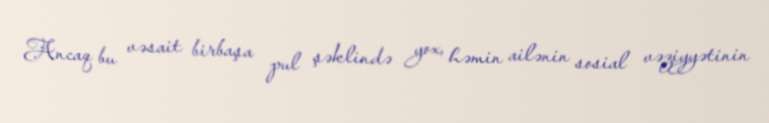
Ancaq bu vəsait birbaşa pul şəklində yox, həmin ailənin sosial vəziyyətinin